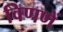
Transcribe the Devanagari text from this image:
विणणें